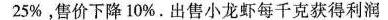
25%，售价下降10%。出售小龙虾每千克获得利润